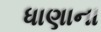
ધાણાના